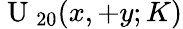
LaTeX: \mathrm{~U~}_{20}(x,+y;K)